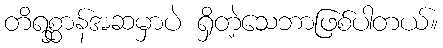
တိရစ္ဆာန်အဆမှာပဲ ရှိတဲ့သေဘာဖြစ်ပါတယ်။